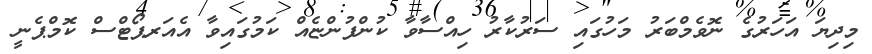
މިދިޔަ އަހަރުގެ ނޮވެމްބަރު މަހުގައި ސަރުކާރު ހިއްސާވާ ކުންފުންޏެއް ކަމުގައިވާ އެއަރޕޯޓްސް ކޮމްޕެނީ